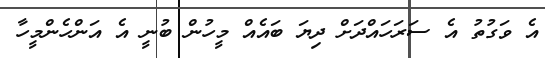
އެ ވަގުތު އެ ސަރަހައްދަށް ދިޔަ ބައެއް މީހުން ބުނީ އެ އަންހެންމީހާ